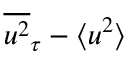
\overline { { u ^ { 2 } } } _ { \tau } - \langle u ^ { 2 } \rangle